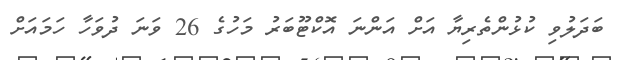
ބަދަލުވި ކުޅުންތެރިޔާ އަށް އަންނަ އޮކްޓޫބަރު މަހުގެ 26 ވަނަ ދުވަހާ ހަމައަށް